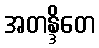
အတန္ဒိတေ